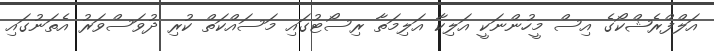
އަލްފްރެޝްކޯގެ އިސް މީހުންނަކީ އަލިކާ އަލިމަތާ ރިސޯޓުގައި މަސައްކަތް ކުރި ދުވަސްވަރު އެތަނުގައި